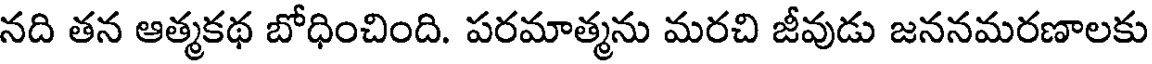
నది తన ఆత్మకథ బోధించింది. పరమాత్మను మరచి జీవుడు జననమరణాలకు